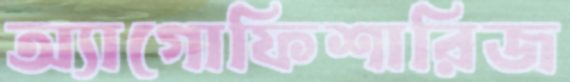
অ্যাগোফিশারিজ